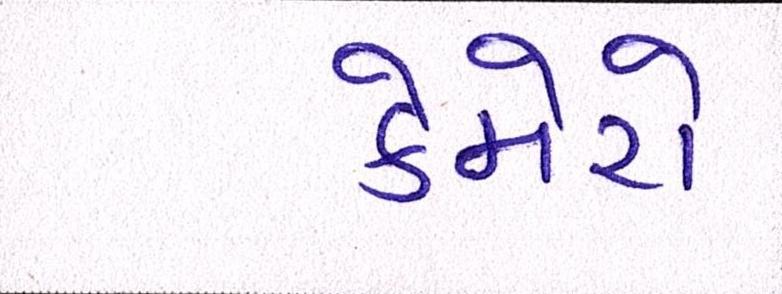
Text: કેમેરો